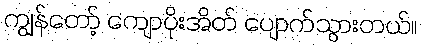
ကျွန်တော့် ကျောပိုးအိတ် ပျောက်သွားတယ်။